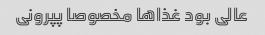
عالی بود غذا‌ها مخصوصا پپرونی